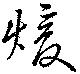
煖